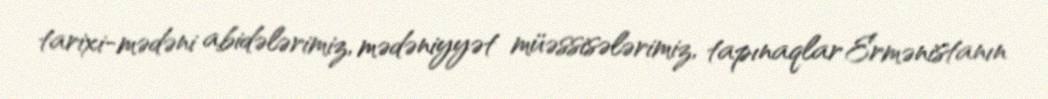
tarixi-mədəni abidələrimiz, mədəniyyət müəssisələrimiz, tapınaqlar Ermənistanın